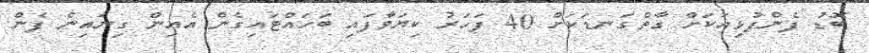
ބޮޑު ފެންފުޅިއަކަށް ގާތްގަނޑަކަށް 40 ފަހަރު ކިޔަވާފައި ބަހައްޓައިގެން އެއިން ގިނައިން ފެން